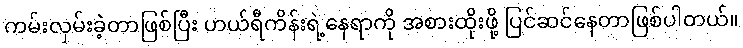
ကမ်းလှမ်းခဲ့တာဖြစ်ပြီး ဟယ်ရီကိန်းရဲ့နေရာကို အစားထိုးဖို့ ပြင်ဆင်နေတာဖြစ်ပါတယ်။